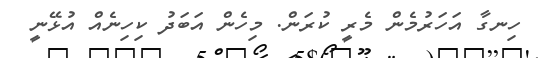
ހިނގާ އަހަރުމެން މެރީ ކުރަން. މިހެން އަބަދު ކިހިނެއް އުޅޭނީ